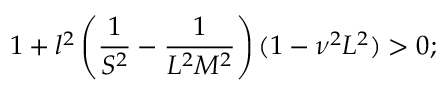
1 + l ^ { 2 } \left( \frac { 1 } { S ^ { 2 } } - \frac { 1 } { L ^ { 2 } M ^ { 2 } } \right) ( 1 - \nu ^ { 2 } L ^ { 2 } ) > 0 ;